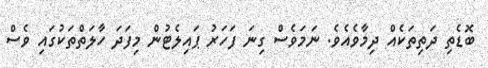
ބޮޑެތި ދަތިތަކެއް ދިމާވެއެވެ. ނަމަވެސް ގިނަ ފަހަރު ޕައިލެޓުން މިފަދަ ހާލަތްތަކުގައި ވެސް